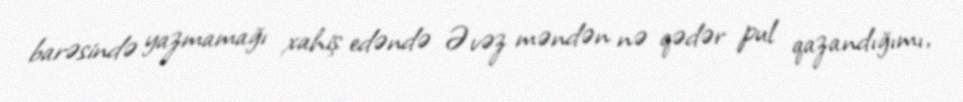
barəsində yazmamağı xahiş edəndə Əvəz məndən nə qədər pul qazandığımı,